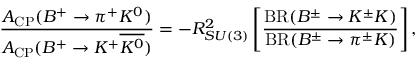
\frac { { \cal A } _ { \mathrm { C P } } ( B ^ { + } \to \pi ^ { + } K ^ { 0 } ) } { { \cal A } _ { \mathrm { C P } } ( B ^ { + } \to K ^ { + } \overline { { { K ^ { 0 } } } } ) } = - R _ { S U ( 3 ) } ^ { 2 } \left[ \frac { \mathrm { B R } ( B ^ { \pm } \to K ^ { \pm } K ) } { \mathrm { B R } ( B ^ { \pm } \to \pi ^ { \pm } K ) } \right] ,